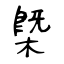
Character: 槩